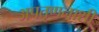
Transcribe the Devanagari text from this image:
अपतृणनाशी